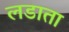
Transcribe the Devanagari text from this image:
लडाता